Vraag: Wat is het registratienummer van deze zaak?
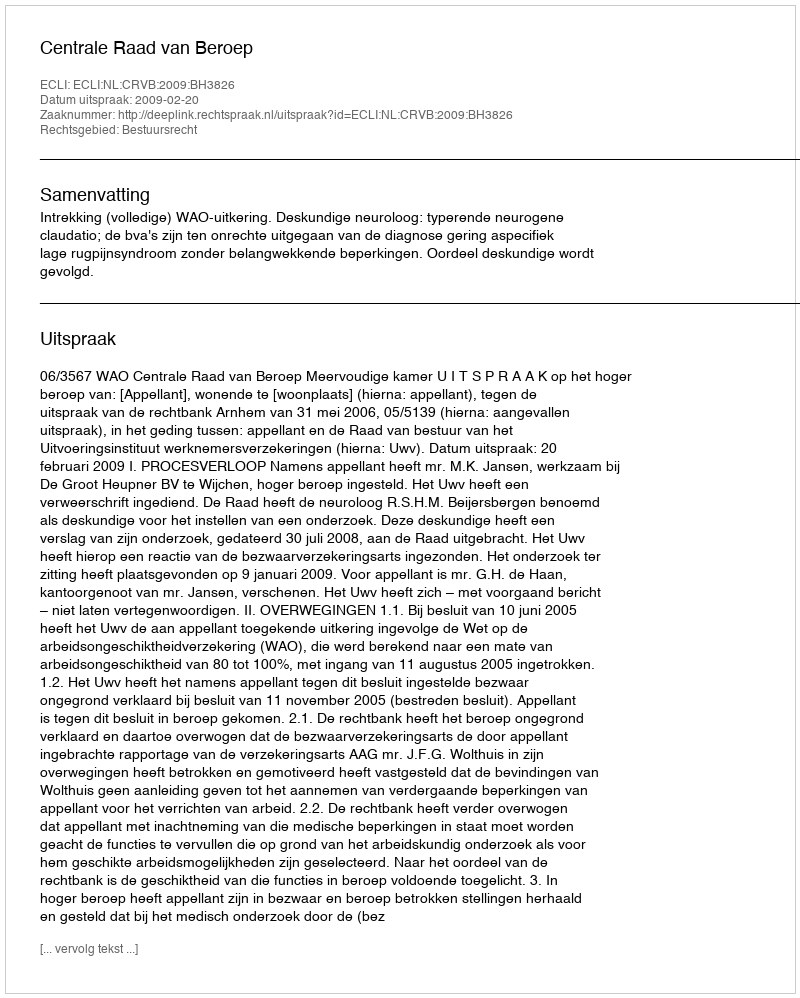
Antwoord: http://deeplink.rechtspraak.nl/uitspraak?id=ECLI:NL:CRVB:2009:BH3826